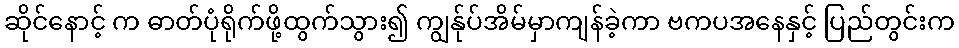
ဆိုင်နောင့် က ဓာတ်ပုံရိုက်ဖို့ထွက်သွား၍ ကျွန်ုပ်အိမ်မှာကျန်ခဲ့ကာ ဗကပအနေနှင့် ပြည်တွင်းက